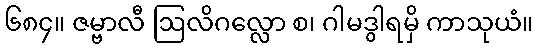
၆၈၄။ ဇမ္ဗာလီ ဩလိဂလ္လော စ၊ ဂါမဒွါရမှိ ကာသုယံ။